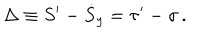
\Delta \equiv S ^ { \prime } - \dot { S } _ { y } = \tau ^ { \prime } - \dot { \sigma } \, .